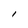
Character: 1